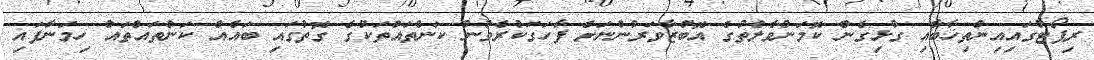
ރިޕޯޓުގައިއިންތިޚާބާއި ގުޅިގެން ކޮމަންވެލްތުގެ އޮބްޒާވަރުންނަށް ފާހަގަކުރެވުނު ކަންތައްތަކުގެ ގޮތުގައި ބައެއް ކަންތައްތައް ހިމަނާފައި